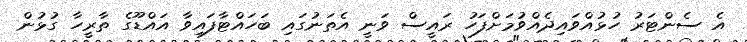
އެ ސެންޓަރު ހުޅުއްވައިދެއްވުމަށްފަހު ރައީސް ވަނީ އެތަނުގައި ބަހައްޓާފައިވާ އައްޑޫގެ ތާރީހާ ގުޅުން